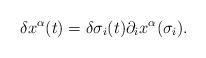
LaTeX: \begin{align*}\delta x^{\alpha}(t)=\delta \sigma_i(t)\partial_ix^{\alpha}(\sigma_i).\end{align*}